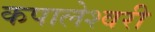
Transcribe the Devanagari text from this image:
कपालेश्वरी